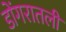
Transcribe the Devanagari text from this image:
डोंगरातली